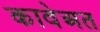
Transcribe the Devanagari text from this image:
कावेअत